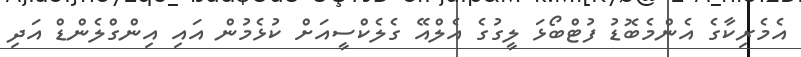
އެމެރިކާގެ އެންމެބޮޑު ފުޓްބޯޅަ ލީގުގެ އެލްއޭ ގެލެކްސީއަށް ކުޅެމުން އައި އިންގްލެންޑް އަދި